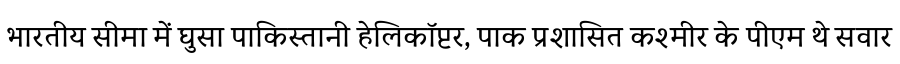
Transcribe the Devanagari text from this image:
भारतीय सीमा में घुसा पाकिस्तानी हेलिकॉप्टर, पाक प्रशासित कश्मीर के पीएम थे सवार